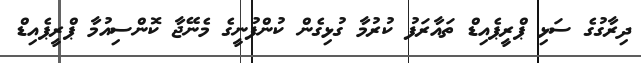
ދިރާގުގެ ސަޅި ޕްރީޕެއިޑް ތައާރަފު ކުރުމާ ގުޅިގެން ކުންފުނީގެ މެނޭޖާ ކޮންސިއުމާ ޕްރީޕެއިޑް